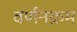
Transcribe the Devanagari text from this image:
वर्णनक्रम